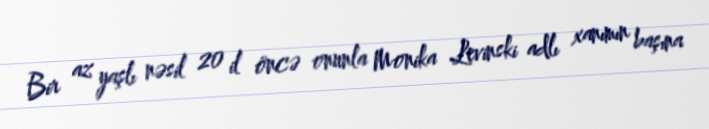
Bir az yaşlı nəsil 20 il öncə onunla Monika Levinski adlı xanımın başına